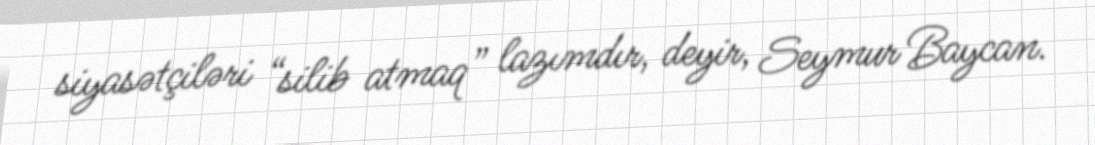
siyasətçiləri “silib atmaq” lazımdır, deyir, Seymur Baycan.